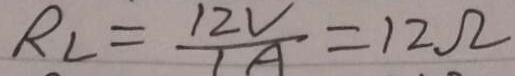
R _ { 2 } = \frac { 1 2 V } { 1 A } = 1 2 \Omega